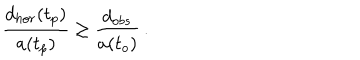
{ \frac { d _ { h o r } ( t _ { p } ) } { a ( t _ { p } ) } } \geq { \frac { d _ { o b s } } { a ( t _ { o } ) } } \, .